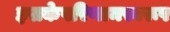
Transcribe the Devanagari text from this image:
इसकेपरिणामस्वरूप